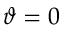
\vartheta = 0